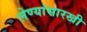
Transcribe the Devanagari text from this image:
लेण्यांसारखी